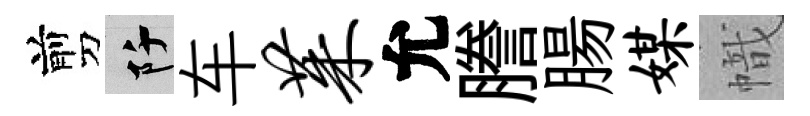
剪阡车茱允謄腸媒幟